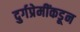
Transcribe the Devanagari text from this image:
दुर्गप्रेमींकडून